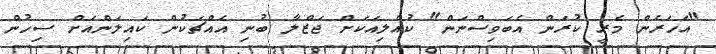
"އަހަރެން މެރީ ކުރަން އެބަވިސްނަން" ކުއްލިއަކަށް ޖަޒްލާ ބުނި އެއްޗަކުން ކައިލަންއަށް ސިހުން